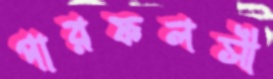
পারফলসী